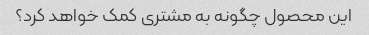
این محصول چگونه به مشتری کمک خواهد کرد؟